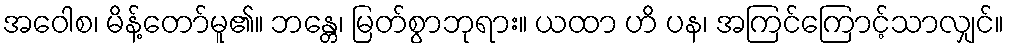
အဝေါစ၊ မိန့်တော်မူ၏။ ဘန္တေ၊ မြတ်စွာဘုရား။ ယထာ ဟိ ပန၊ အကြင်ကြောင့်သာလျှင်။